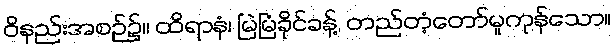
ဝိနည်းအစဉ်၌။ ထိရာနံ၊ မြဲမြံခိုင်ခန့်, တည်တံ့တော်မူကုန်သော။